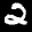
Label: 2